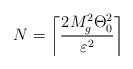
LaTeX: \begin{align*}N=\left\lceil\frac{2M_g^2\Theta_0^2}{\varepsilon^2}\right\rceil\end{align*}